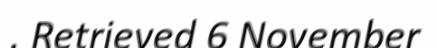
. Retrieved 6 November